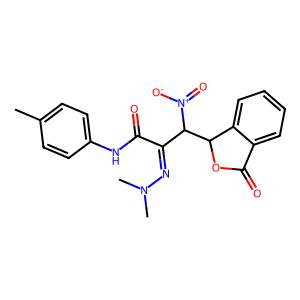
SMILES: Cc1ccc(NC(=O)C(=NN(C)C)C(C2OC(=O)c3ccccc32)[N+](=O)[O-])cc1
Inhibits HIV replication: No